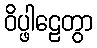
ဝိပ္ဖါဠေတွာ